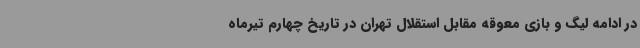
در ادامه لیگ و بازی معوقه مقابل استقلال تهران در تاریخ چهارم تیرماه